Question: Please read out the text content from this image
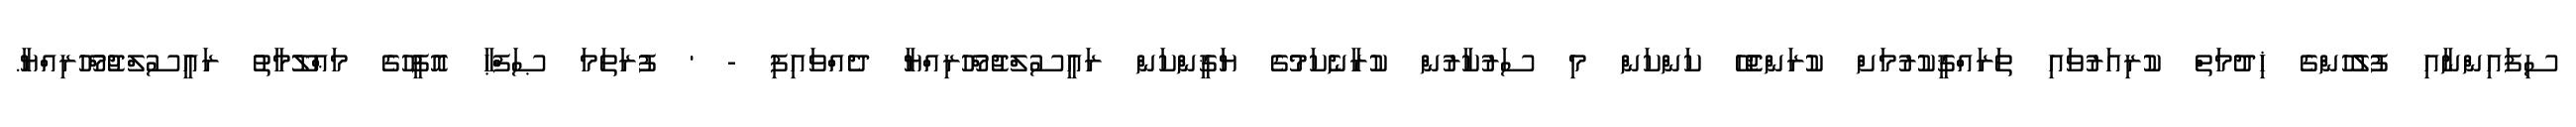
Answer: ސިފައިންނާއި ފުލުހުންގެ ޚިދުމަތް ކުރިއަރުވައި ތަރައްޤީކުރުމަށް ކުރަންޖެހޭ ކަންކަން މި ސަރުކާރުން ކުރާނެކަމުގެ ޔަޤީންކަން ރައީސުލްޖުމްހޫރިއްޔާ ދެއްވައިފި - ' ފުރަތަމަ ޞަފްޙާ އޮފީހުގެ މަޢްލޫމާތު ރައީސުލްޖުމްހޫރިއްޔާ.